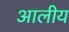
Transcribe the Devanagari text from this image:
आलीय